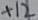
Text: +12